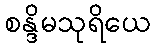
စန္ဒိမသုရိယေ